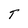
Character: T